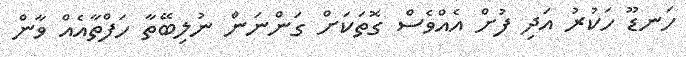
ހަނޑޫ ހަކުރު އަދި ފުށް އެއްވެސް ގޮތަކަށް ގަންނަން ނުލިބޭތާ ހަފްތާއެއް ވާން